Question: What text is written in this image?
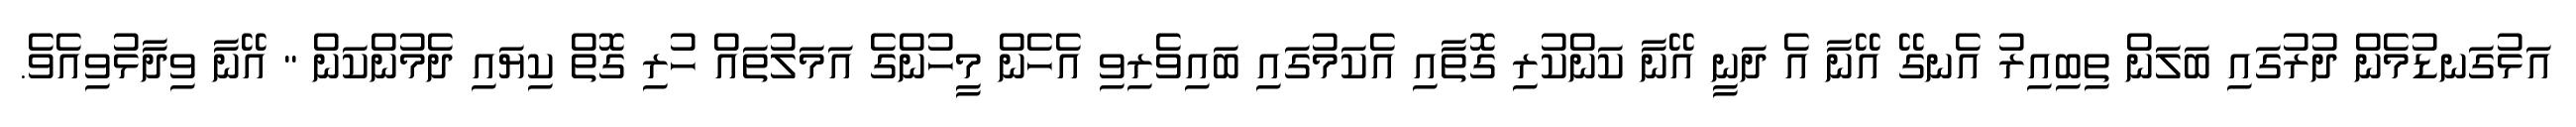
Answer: އަޅުގަނޑުމެން ދުރުގައި ބަލަން ތިބިއިރު އެނގޭ އޭނާ އެ ދަނީ އޭނާ ކަންކުރި ގޮތާއި އެކަމުގައި ބައިވެރިވި އެހެން މީހުންގެ އަމަލުތައް ހުރި ގޮތް ކިޔައި ދެމުންކަން " އޭނާ ވިދާޅުވިއެވެ.